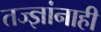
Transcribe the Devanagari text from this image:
तज्‍ज्ञांनाही